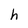
Character: h